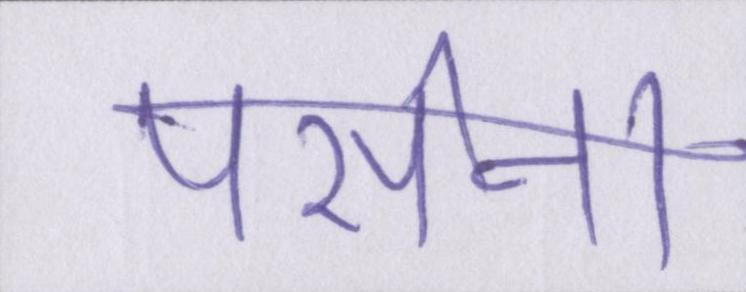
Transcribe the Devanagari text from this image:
पसीना